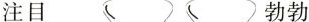
注目 勃勃